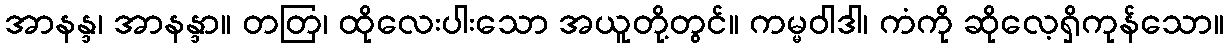
အာနန္ဒ၊ အာနန္ဒာ။ တတြ၊ ထိုလေးပါးသော အယူတို့တွင်။ ကမ္မဝါဒါ၊ ကံကို ဆိုလေ့ရှိကုန်သော။